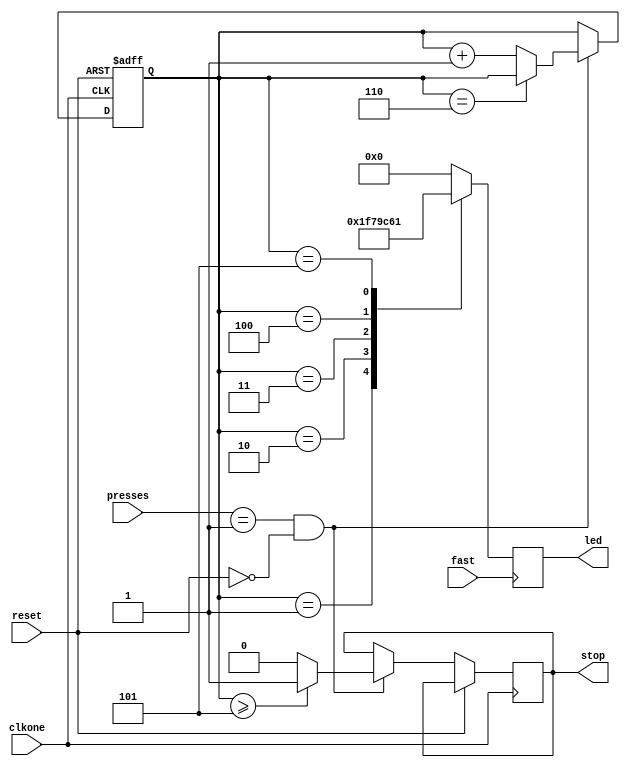
`timescale 1ns / 1ps
//////////////////////////////////////////////////////////////////////////////////
// Company: 
// Engineer: 
// 
// Design Name: 
// Module Name: count5_1
// Project Name: 
// Target Devices: 
// Tool Versions: 
// Description: 
// 
// Dependencies: 
// 
// Revision:
// Revision 0.01 - File Created
// Additional Comments:
// 
//////////////////////////////////////////////////////////////////////////////////


module count5_1(
    input reset,
    input fast,
    input clkone,
    input [3:0] presses,
    output reg stop = 0,
    output reg [4:0]led = 0
    );
    reg [2:0] counter = 1;
    
    always @ (posedge clkone, posedge reset)
    begin
    if (reset)
    begin
        counter = 1;
    end
    else if (presses == 1 && !reset)
    begin
        counter <= (counter == 6)? counter : counter +1;
        stop <= (counter >= 5)? 1:0;
    end
    end
    
    always @ (posedge fast) 
    begin
        case (counter)
        1 : led = 5'b11111;
        2 : led = 5'b01111;
        3 : led = 5'b00111;
        4 : led = 5'b00011;
        5 : led = 5'b00001;
        6 : led = 0;
        default led = 0;
        endcase
        
    end
    
        
    
    
    
    
endmodule